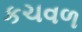
કચવળ